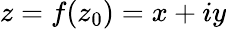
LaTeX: z=f(z_{0})=x+iy